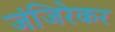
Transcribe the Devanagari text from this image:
जंजिरेकर